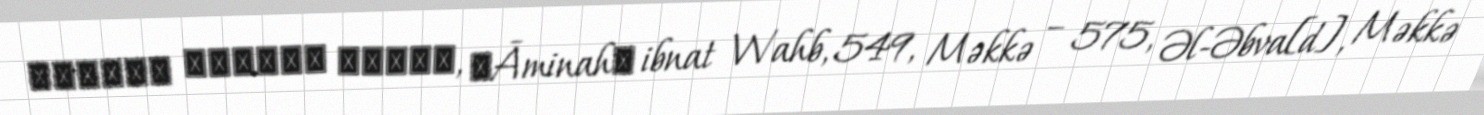
آمِنَة ٱبْنَت وَهْب, ʾĀminahʾ ibnat Wahb, 549, Məkkə – 575, Əl-Əbva[d], Məkkə